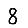
Digit: 8